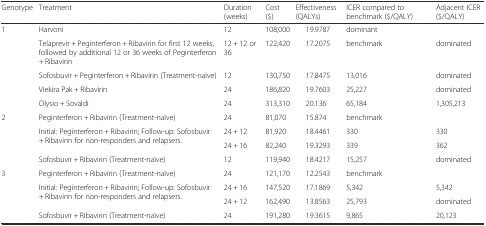
<table><thead><tr><td><b>Genotype</b></td><td><b>Treatment</b></td><td><b>Duration (weeks)</b></td><td><b>Cost ($)</b></td><td><b>Effectiveness (QALYs)</b></td><td><b>ICER compared to benchmark ($/QALY)</b></td><td><b>Adjacent ICER ($/QALY)</b></td></tr></thead><tbody><tr><td rowspan="5">1</td><td>Harvoni</td><td>12</td><td>108,000</td><td>19.9787</td><td>dominant</td><td></td></tr><tr><td>Telaprevir + Peginterferon + Ribavirin for first 12 weeks, followed by additional 12 or 36 weeks of Peginterferon + Ribavirin</td><td>12 + 12 or 36</td><td>122,420</td><td>17.2075</td><td>benchmark</td><td>dominated</td></tr><tr><td>Sofosbuvir + Peginterferon + Ribavirin (Treatment-naïve)</td><td>12</td><td>130,750</td><td>17.8475</td><td>13,016</td><td>dominated</td></tr><tr><td>Viekira Pak + Ribavirin</td><td>24</td><td>186,820</td><td>19.7603</td><td>25,227</td><td>dominated</td></tr><tr><td>Olysio + Sovaldi</td><td>24</td><td>313,310</td><td>20.136</td><td>65,184</td><td>1,305,213</td></tr><tr><td rowspan="4">2</td><td>Peginterferon + Ribavirin (Treatment-naïve)</td><td>24</td><td>81,070</td><td>15.874</td><td>benchmark</td><td></td></tr><tr><td rowspan="2">Initial: Peginterferon + Ribavirin; Follow-up: Sofosbuvir + Ribavirin for non-responders and relapsers.</td><td>24 + 12</td><td>81,920</td><td>18.4461</td><td>330</td><td>330</td></tr><tr><td>24 + 16</td><td>82,240</td><td>19.3293</td><td>339</td><td>362</td></tr><tr><td>Sofosbuvir + Ribavirin (Treatment-naïve)</td><td>12</td><td>119,940</td><td>18.4217</td><td>15,257</td><td>dominated</td></tr><tr><td rowspan="4">3</td><td>Peginterferon + Ribavirin (Treatment-naïve)</td><td>24</td><td>121,170</td><td>12.2543</td><td>benchmark</td><td></td></tr><tr><td rowspan="2">Initial: Peginterferon + Ribavirin; Follow-up: Sofosbuvir + Ribavirin for non-responders and relapsers.</td><td>24 + 16</td><td>147,520</td><td>17.1869</td><td>5,342</td><td>5,342</td></tr><tr><td>24 + 12</td><td>162,490</td><td>13.8563</td><td>25,793</td><td>dominated</td></tr><tr><td>Sofosbuvir + Ribavirin (Treatment-naïve)</td><td>24</td><td>191,280</td><td>19.3615</td><td>9,865</td><td>20,123</td></tr></tbody></table>